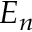
E _ { n }